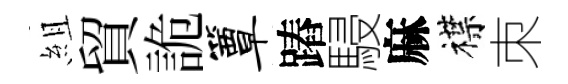
組貿詭簟蹖駸麻襟朿